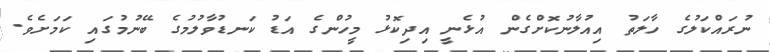
ނުރައްކަލުގެ ހާލަތު އިއުލާނުކޮށްގެން އުޅެނީ އިދިކޮޅު މީހުންގެ އަޑު ކަނޑުވާލުމުގެ ބޭނުމުގައި ކަމަށެވެ.